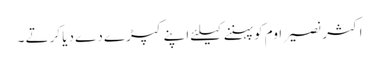
اکثر نصیر اوم کو پہننے کیلئے اپنے کپڑے دے دیا کرتے ۔